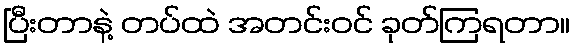
ပြီးတာနဲ့ တပ်ထဲ အတင်းဝင် ခုတ်ကြရတာ။